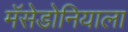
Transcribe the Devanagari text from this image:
मॅसेडोनियाला